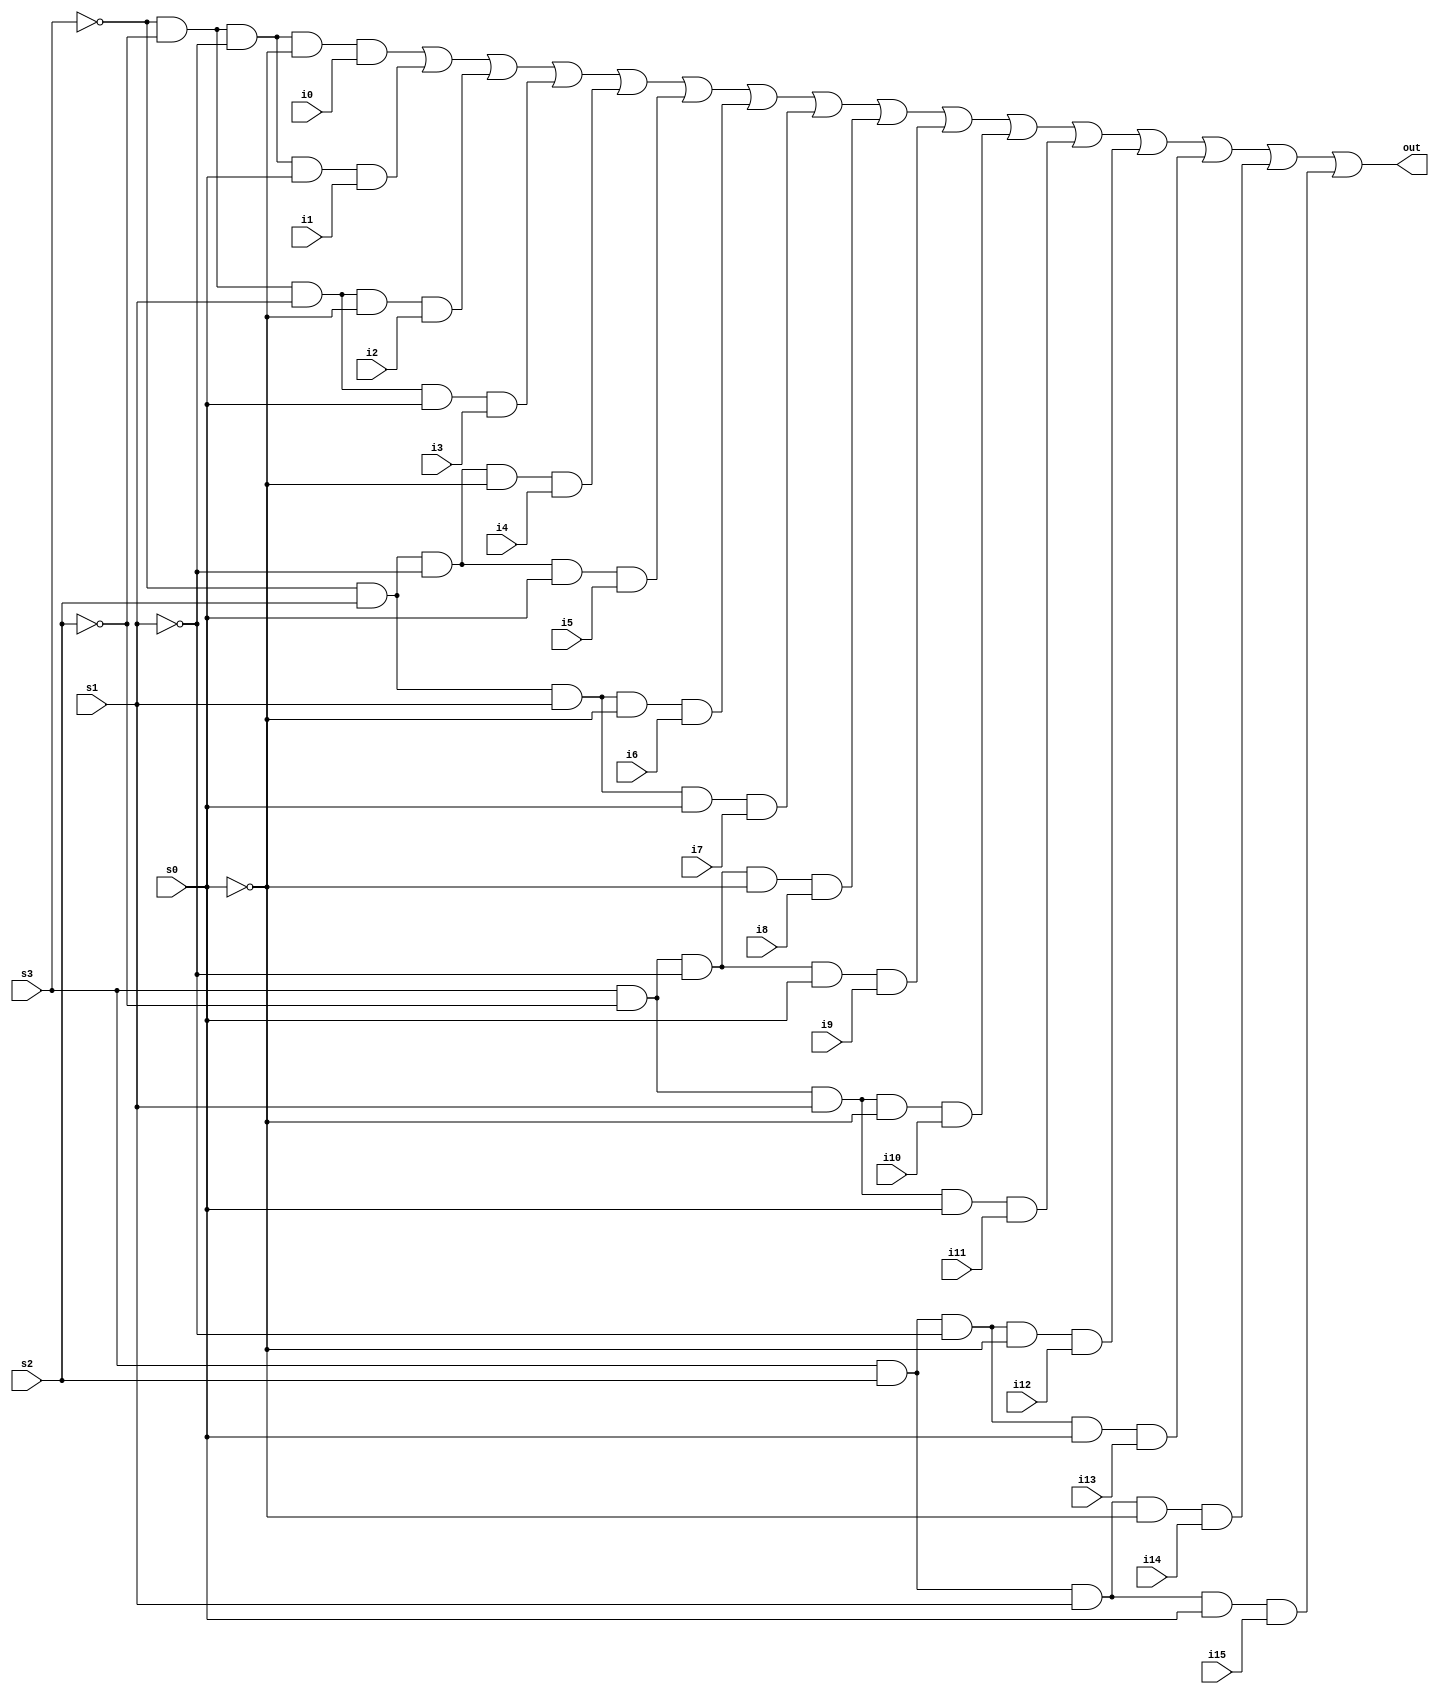
module sixteenMux(s0,s1,s2,s3,i0,i1,i2,i3,i4,i5,i6,i7,i8,i9,i10,i11,i12,i13,i14,i15,out);
input s0,s1,s2,s3,i0,i1,i2,i3,i4,i5,i6,i7,i8,i9,i10,i11,i12,i13,i14,i15;
output out;
//wire w1,w2,w3,w4;

//fourMux(s0,s1,i0,i1,i2,i3,w1);
//fourMux(s0,s1,i4,i5,i6,i7,w2);
//fourMux(s0,s1,i8,i9,i10,i11,w3);
//fourMux(s0,s1,i12,i13,i14,i15,w4);
//fourMux(s2,s3,i0,i1,i2,i3,out);

assign out=~s3&~s2&~s1&~s0&i0 | ~s3&~s2&~s1&s0&i1 | ~s3&~s2&s1&~s0&i2 | ~s3&~s2&s1&s0&i3 | ~s3&s2&~s1&~s0&i4 |~s3&s2&~s1&s0&i5 |~s3&s2&s1&~s0&i6 | ~s3&s2&s1&s0&i7 | s3&~s2&~s1&~s0&i8 | s3&~s2&~s1&s0&i9 |s3&~s2&s1&~s0&i10 |s3&~s2&s1&s0&i11 | s3&s2&~s1&~s0&i12 | s3&s2&~s1&s0&i13 | s3&s2&s1&~s0&i14 | s3&s2&s1&s0&i15 ;

endmodule